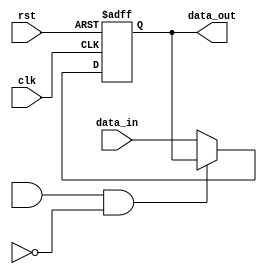
module io_block_low_power_buffer (
    input wire clk,
    input wire rst,
    input wire [7:0] data_in,
    output reg [7:0] data_out
);

reg [7:0] buffer;
reg power_saving_feature;
reg data_retention;
wire activity_monitor;

always @(posedge clk or negedge rst) begin
    if (!rst) begin
        buffer <= 8'b00000000;
    end else begin
        if (power_saving_feature & data_retention & !activity_monitor) begin
            // Do something to minimize power consumption
        end else begin
            buffer <= data_in;
        end
    end
end

assign data_out = buffer;

endmodule